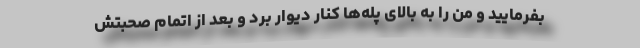
بفرمایید و من را به بالای پله‌ها كنار دیوار برد و بعد از اتمام صحبتش